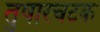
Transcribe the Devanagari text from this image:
तुषारचटक